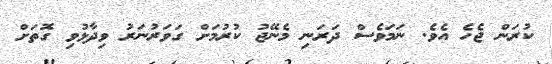
ކުރަން ޖެހެ އެވެ. ނަމަވެސް ދަރަނި މެނޭޖު ކުރުމަށް ގަވަރުނަރު ވިދާޅުވި ގޮތަށް